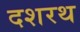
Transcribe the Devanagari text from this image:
दशरथ